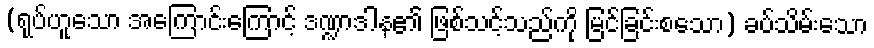
(ရုပ်ဟူသော အကြောင်းကြောင့် ဒဏ္ဍာဒါန၏ ဖြစ်သင့်သည်ကို မြင်ခြင်းစသော) ခပ်သိမ်းသော